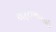
એફટીએસઈ